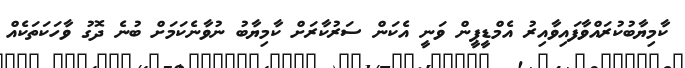
ކާމިޔާބުކުރައްވާފައިވާއިރު އެމްޑީޕީން ވަނީ އެކަން ސަރުކާރަށް ކާމިޔާބު ނުވާނެކަމަށް ބުނެ ދޮގު ވާހަކަތަކެއް